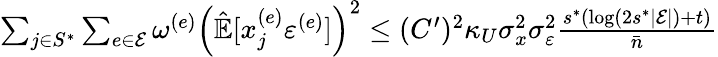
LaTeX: \begin{array}{r}{\sum_{j\in S^{*}}\sum_{e\in\mathcal{E}}\omega^{(e)}\left(\hat{\mathbb{E}}[x_{j}^{(e)}\varepsilon^{(e)}]\right)^{2}\le(C^{\prime})^{2}\kappa_{U}\sigma_{x}^{2}\sigma_{\varepsilon}^{2}\frac{s^{*}(\log(2s^{*}|\mathcal{E}|)+t)}{\bar{n}}}\end{array}